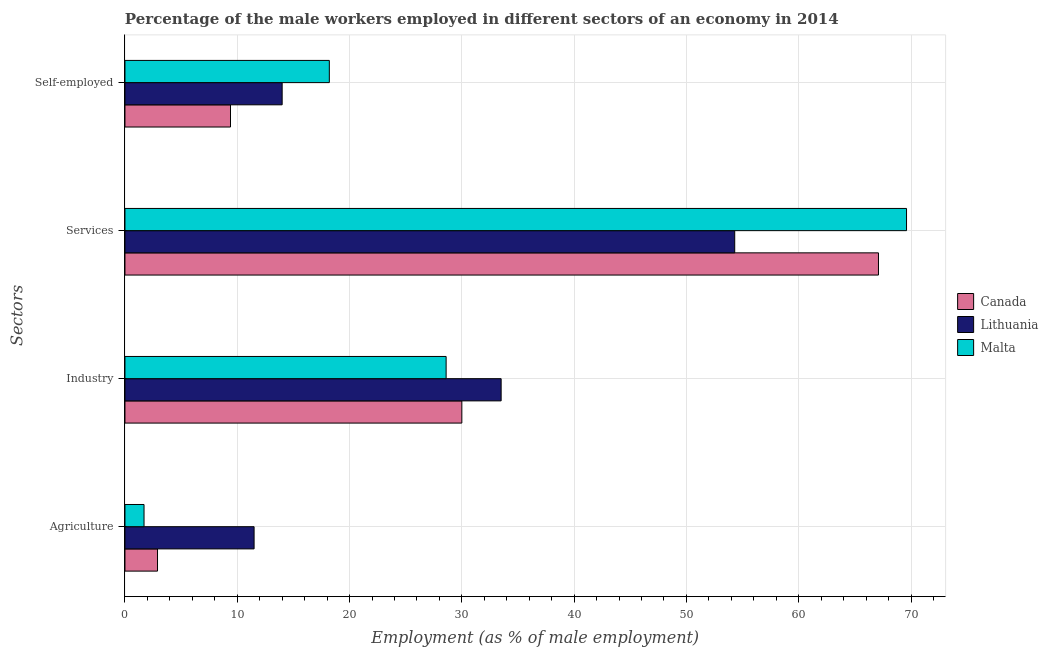
| Sectors | Canada | Lithuania | Malta |
 | --- | --- | --- | --- |
 | Agriculture | 2.9 | 11.5 | 1.7 |
 | Industry | 30 | 33.5 | 28.6 |
 | Services | 67.1 | 54.3 | 69.6 |
 | Self-employed | 9.4 | 14 | 18.2 |